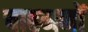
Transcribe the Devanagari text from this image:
चाहमनों